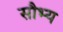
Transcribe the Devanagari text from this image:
सौभ्य